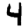
Digit: 4